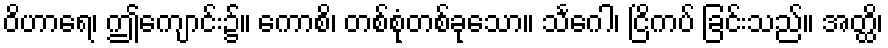
ဝိဟာရေ၊ ဤကျောင်း၌။ ကောစိ၊ တစ်စုံတစ်ခုသော။ သင်္ဂေါ၊ ငြိကပ် ခြင်းသည်။ အတ္ထိ၊